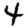
Digit: 4